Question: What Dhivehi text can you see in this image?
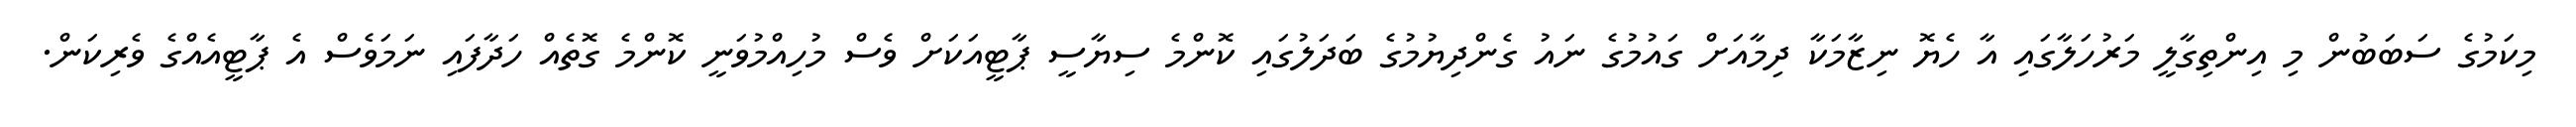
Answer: މިކަމުގެ ސަބަބުން މި އިންތިގާލީ މަރުހަލާގައި އާ ހެޔޮ ނިޒާމަކާ ދިމާއަށް ގައުމުގެ ނައު ގެންދިޔުމުގެ ބަދަލުގައި ކޮންމެ ސިޔާސީ ޕާޓީއަކަށް ވެސް މުހިއްމުވަނީ ކޮންމެ ގޮތެއް ހަދާފައި ނަމަވެސް އެ ޕާޓީއެއްގެ ވެރިކަން.